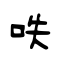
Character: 呹